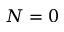
N = 0